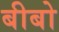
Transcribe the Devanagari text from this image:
बीबो